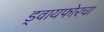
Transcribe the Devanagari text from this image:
ड्वायफोरचा